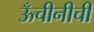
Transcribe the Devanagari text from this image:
ऊँचीनीची